Vaccination in Bombay 1924-1928 - 1924-1928
Year: 1924
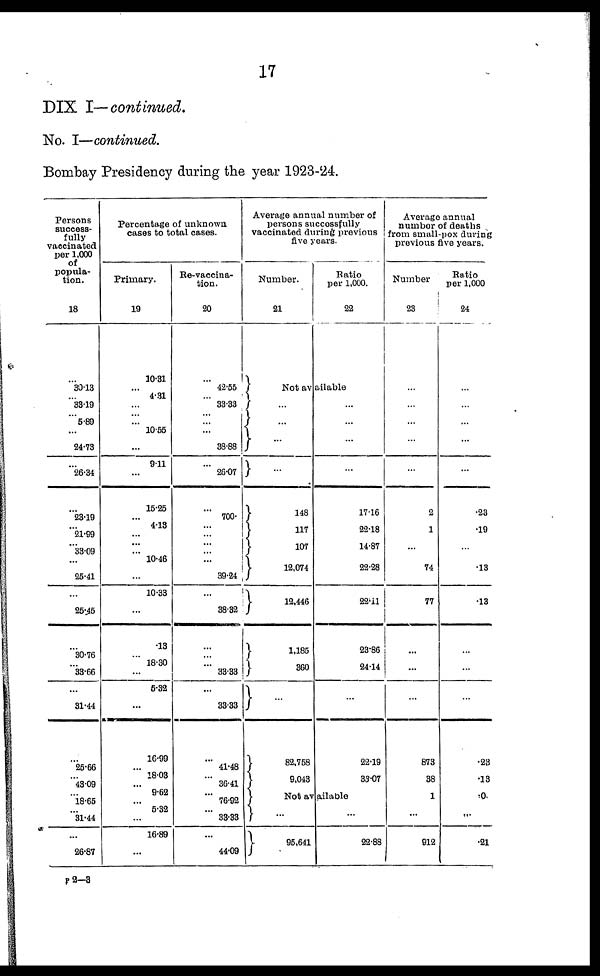
17
DIX I—continued.
No. I—continued.
Bombay Presidency during the year 1923-24.
Persons
success-
fully
vaccinated
per 1,000
of
popula-
tion.
18
...
30.13
...
33.19
...
5.89
...
24.73
...
26.34
...
23.19
...
21.99
...
33.09
...
...
25.41
...
25.45
...
30.76
...
33.66
...
31.44
...
25.66
...
43.09
...
18.65
...
31.44
...
26.87
Percentage of unknown
cases to total cases.
Primary.
19
10.31
...
4.31
...
...
...
10.55
...
9.11
...
15.25
...
4.13
...
...
...
10.46
...
...
10.33
...
.13
...
18.30
...
5.32
...
16.99
...
18.08
...
9.62
...
5.32
...
16.89
...
Re-vaccina-
tion.
20
...
42.55
...
33.33
...
...
...
38.88
...
26.07
...
700.
...
...
...
...
...
...
39.24
...
38.32
...
...
...
33.33
...
33.33
...
41.48
...
36.41
...
76.92
...
33.33
...
44.09
Average annual number of
persons successfully
vaccinated during previous
five years.
Number.
21
Ratio
per 1,000.
22
Not available
...
...
...
...
148
117
107
12,074
12,446
1,185
360
...
82,758
9,043
...
...
...
...
17.16
22.18
14.87
22.28
22.11
23.86
24.14
...
22.19
33.07
Not available
...
95,641
...
22.88
Average annual
number of deaths
from small-pox during
previous five years.
Number
23
...
...
...
...
...
2
1
...
74
77
...
...
...
873
38
1
...
912
Ratio
per 1,000
24
...
...
...
...
...
.23
.19
...
.13
.13
...
...
...
.23
.13
.0
...
.21
P 2—3